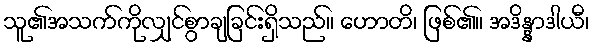
သူ၏အသက်ကိုလျှင်စွာချခြင်းရှိသည်။ ဟောတိ၊ ဖြစ်၏။ အဒိန္နာဒါယီ၊